Malaria in the Punjab - Number 46
Disease focus: Malaria
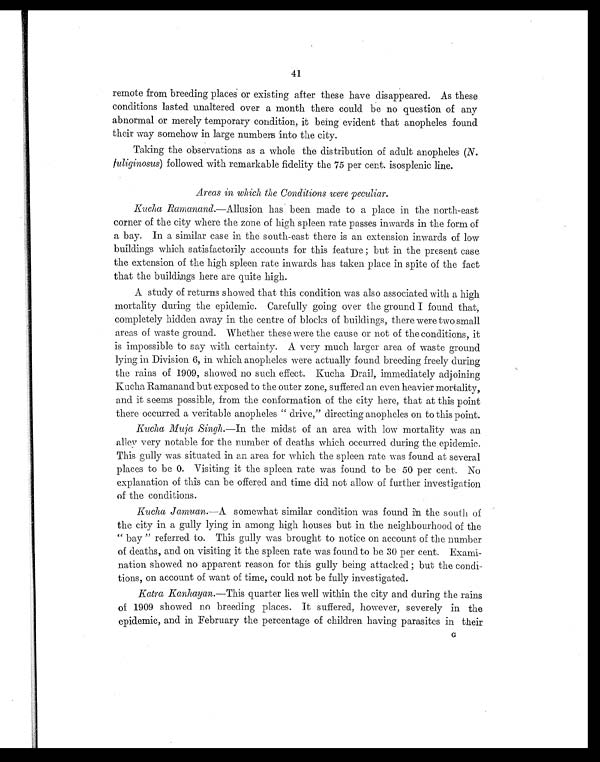
41
remote from breeding places or existing after these have disappeared. As these
conditions lasted unaltered over a month there could be no question of any
abnormal or merely temporary condition, it being evident that anopheles found
their way somehow in large numbers into the city.
Taking the observations as a whole the distribution of adult anopheles (N.
fuliginosus) followed with remarkable fidelity the 75 per cent. isosplenic line.
Areas in which the Conditions were peculiar.
Kucha Ramanand. — A l l u s i o n h a s b e e n m a d e t o a p l a c e i n t h e n o r t h - e a s t
corner of the city where the zone of high spleen rate passes inwards in the form of
a bay. In a similar case in the south-east there is an extension inwards of low
buildings which satisfactorily accounts for this feature; but in the present case
the extension of the high spleen rate inwards has taken place in spite of the fact
that the buildings here are quite high.
A study of returns showed that this condition was also associated with a high
mortality during the epidemic. Carefully going over the ground I found that,
completely hidden away in the centre of blocks of buildings, there were two small
areas of waste ground. Whether these were the cause or not of the conditions, it
is impossible to say with certainty. A very much larger area of waste ground
lying in Division 6, in which anopheles were actually found breeding freely during
the rains of 1909, showed no such effect. Kucha Drail, immediately adjoining
Dacha Ramanand but exposed to the outer zone, suffered an even heavier mortality,
and it seems possible, from the conformation of the city here, that at this point
there occurred a veritable anopheles "drive," directing anopheles on to this point.
Kucha Muja Singh. —In the midst of an area with low mortality was an
alley very notable for the number of deaths which occurred during the epidemic.
This gully was situated in an area for which the spleen rate was found at several
places to be 0. Visiting it the spleen rate was found to be 50 per cent. No
explanation of this can be offered and time did not allow of further investigation
of the conditions.
Kucha Jamuan.—A somewhat similar condition was found in the south of
the city in a gully lying in among high houses but in the neighbourhood of the
"bay" referred to. This gully was brought to notice on account of the number
of deaths, and on visiting it the spleen rate was found to be 30 per cent. Exami-
nation showed no apparent reason for this gully being attacked; but the condi-
tions, on account of want of time, could not be fully investigated.
Katra Kanhayan.—This quarter lies well within the city and during the rains
of 1909 showed no breeding places. It suffered, however, severely in the
epidemic, and in February the percentage of children having parasites in their
Ey